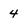
Character: 4